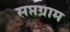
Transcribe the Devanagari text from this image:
सप्तग्राम